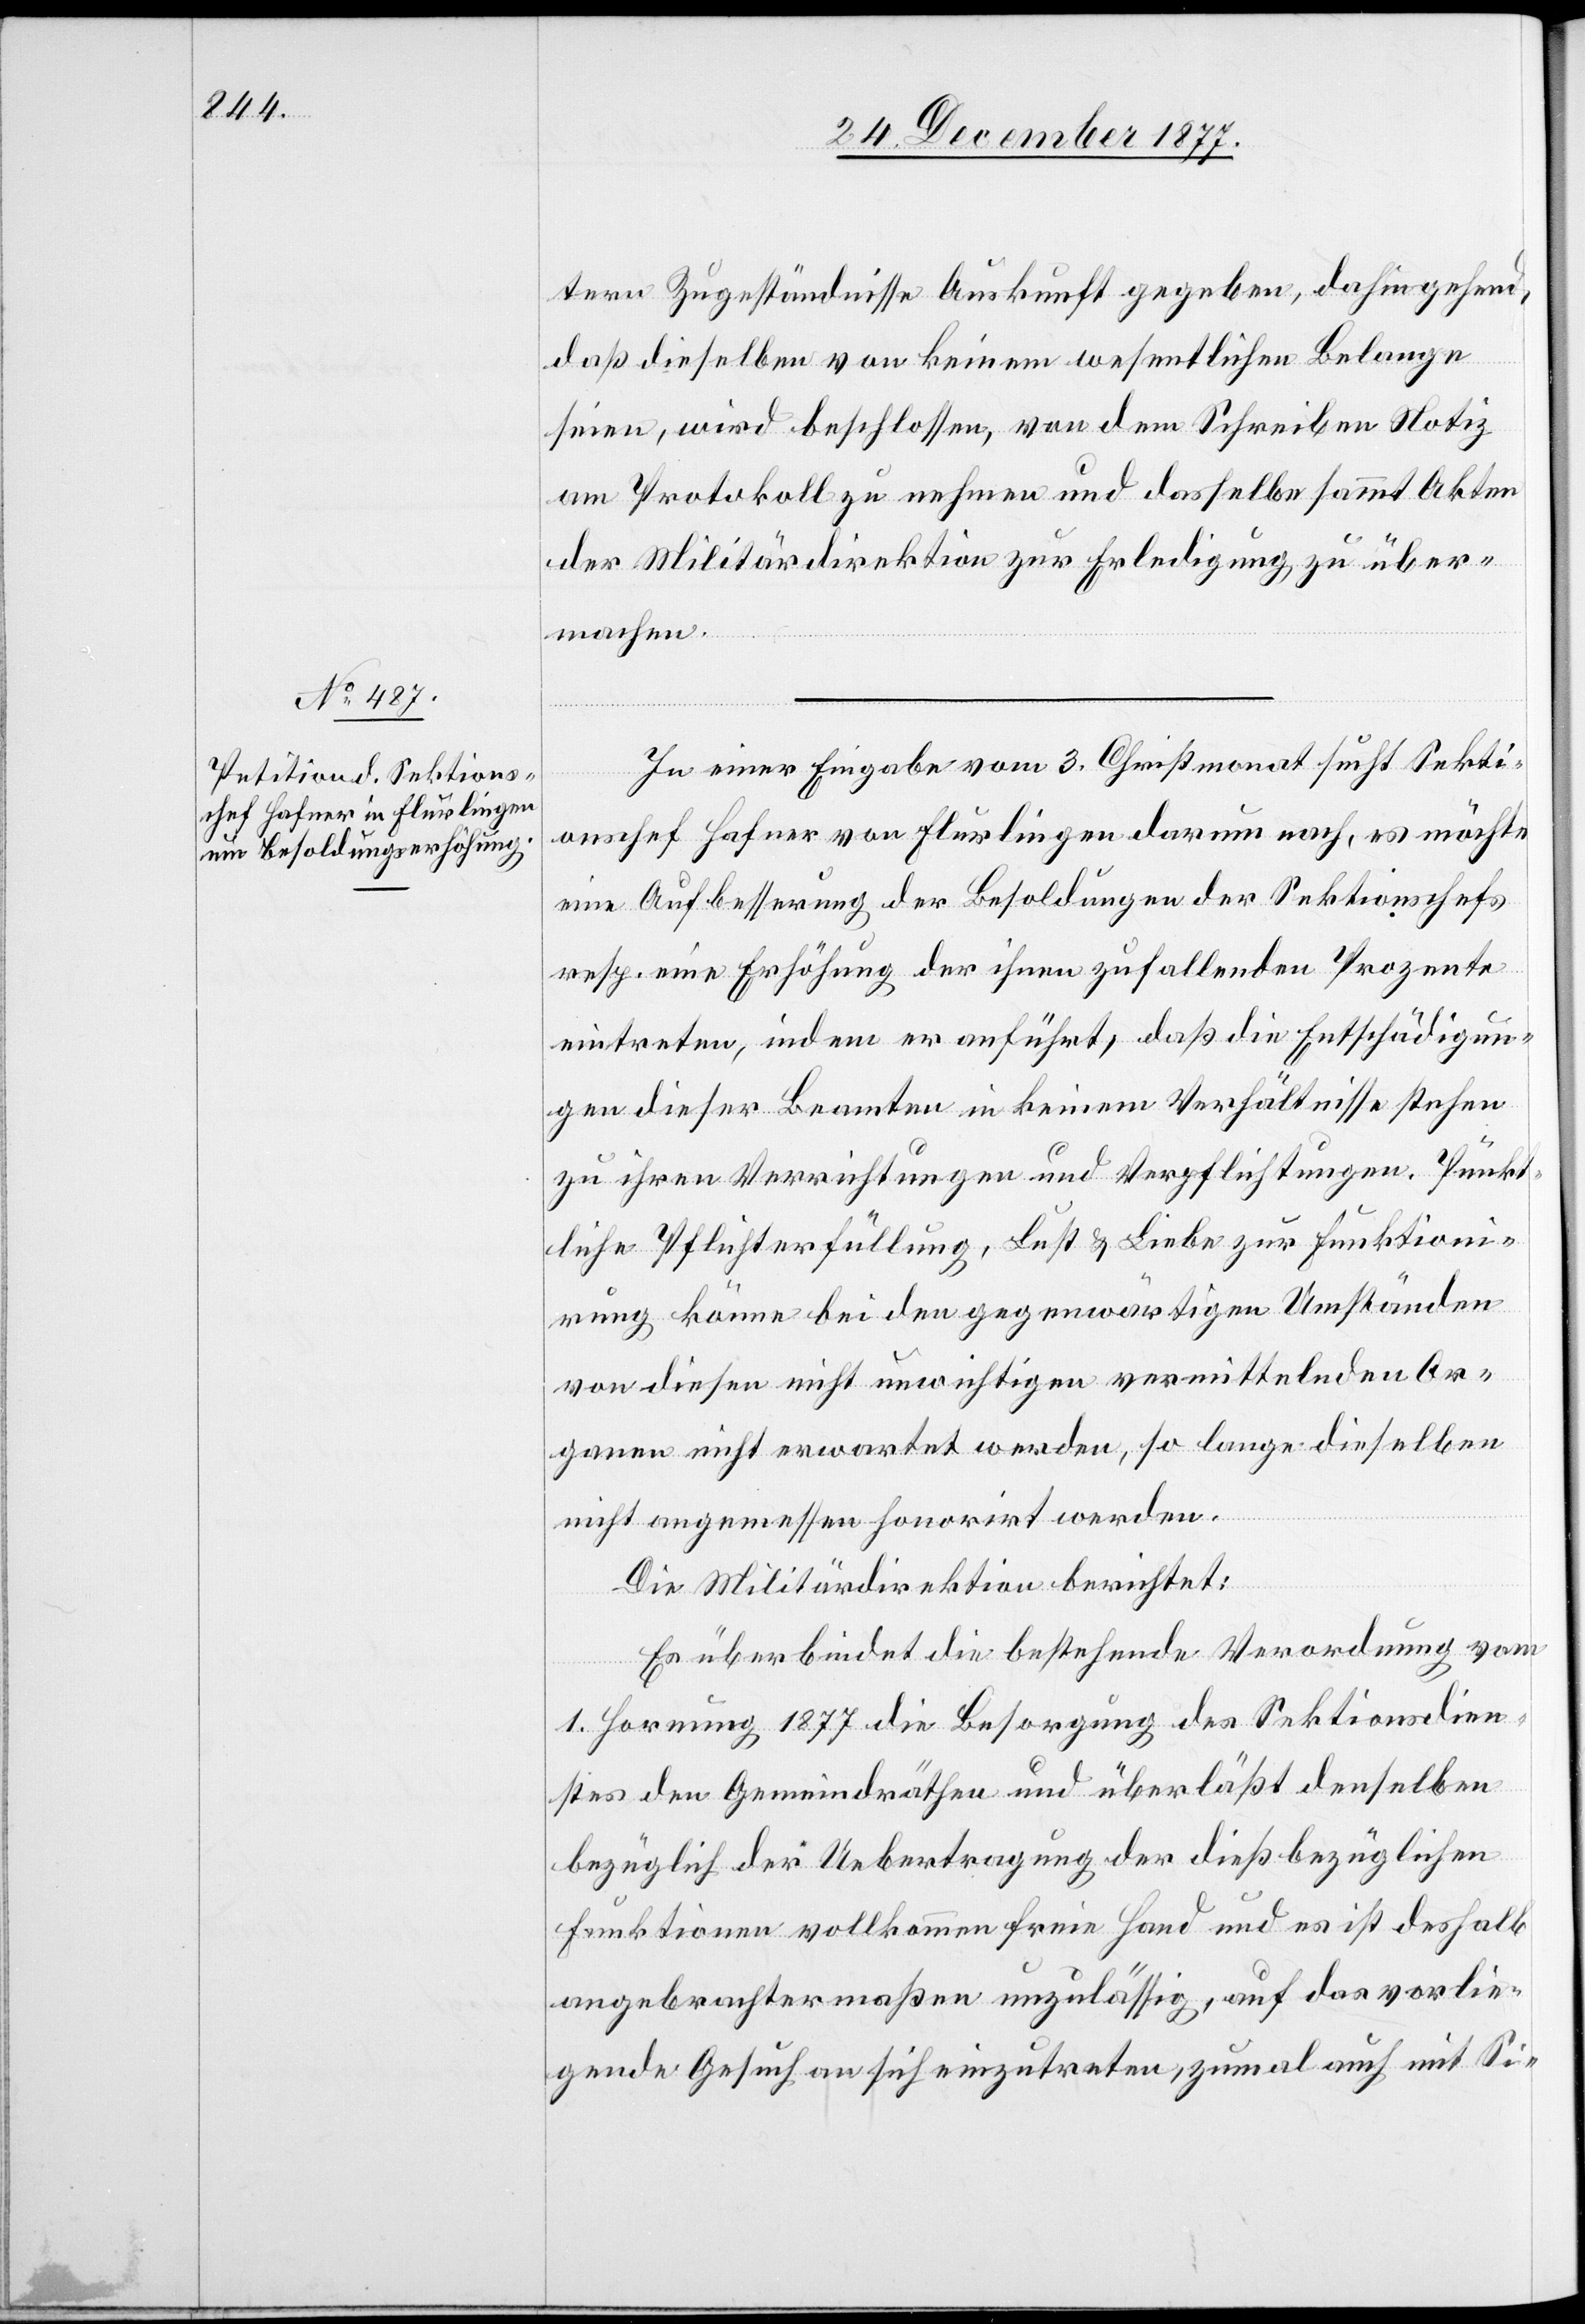
tern Zugeständnisse Auskunft gegeben, dahin gehend,
daß dieselben von keinem wesentlichen Belange
seien, wird beschlossen, von dem Schreiben Notiz
am Protokoll zu nehmen und dasselbe sammt Akten
der Militärdirektion zur Erledigung zu über¬
machen.
In einer Eingabe vom 3. Christmonat sucht Sekti¬
onschef Hafner von Flurlingen darum nach, es möchte
eine Aufbesserung der Besoldungen der Sektionschefs
resp. eine Erhöhung der ihnen zufallenden Prozente
eintreten, indem er anführt, daß die Entschädigun¬
gen dieser Beamten in keinem Verhältnisse stehen
zu ihren Verrichtungen und Verpflichtungen. Pünkt¬
liche Pflichterfüllung, Lust & Liebe zur Funktioni¬
rung könne bei den gegenwärtigen Umständen
von diesen nicht unwichtigen vermittelnden Or¬
ganen nicht erwartet werden, so lange dieselben
nicht angemessen honorirt werden.
Die Militärdirektion berichtet:
Es überbindet die bestehende Verordnung vom
1. Hornung 1877 die Besorgung des Sektionsdien¬
stes den Gemeindräthen und überläßt denselben
bezüglich der Uebertragung der dießbezüglichen
Funktionen vollkommen freie Hand und es ist deshalb
angebrachtermaßen unzulässig, auf das vorlie¬
gende Gesuch an sich einzutreten, zumal auch mit Si-